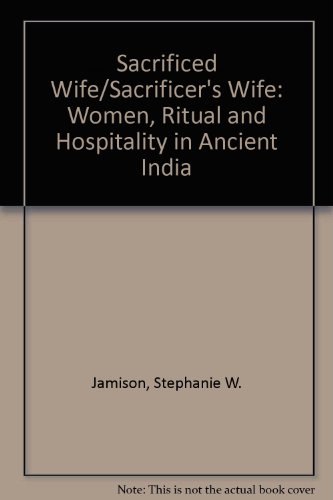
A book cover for Sacrificed Wife/Sacrificer's Wife: Women, Ritual, and Hospitality in Ancient India; Stephanie W. Jamison; Crafts, Hobbies & Home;